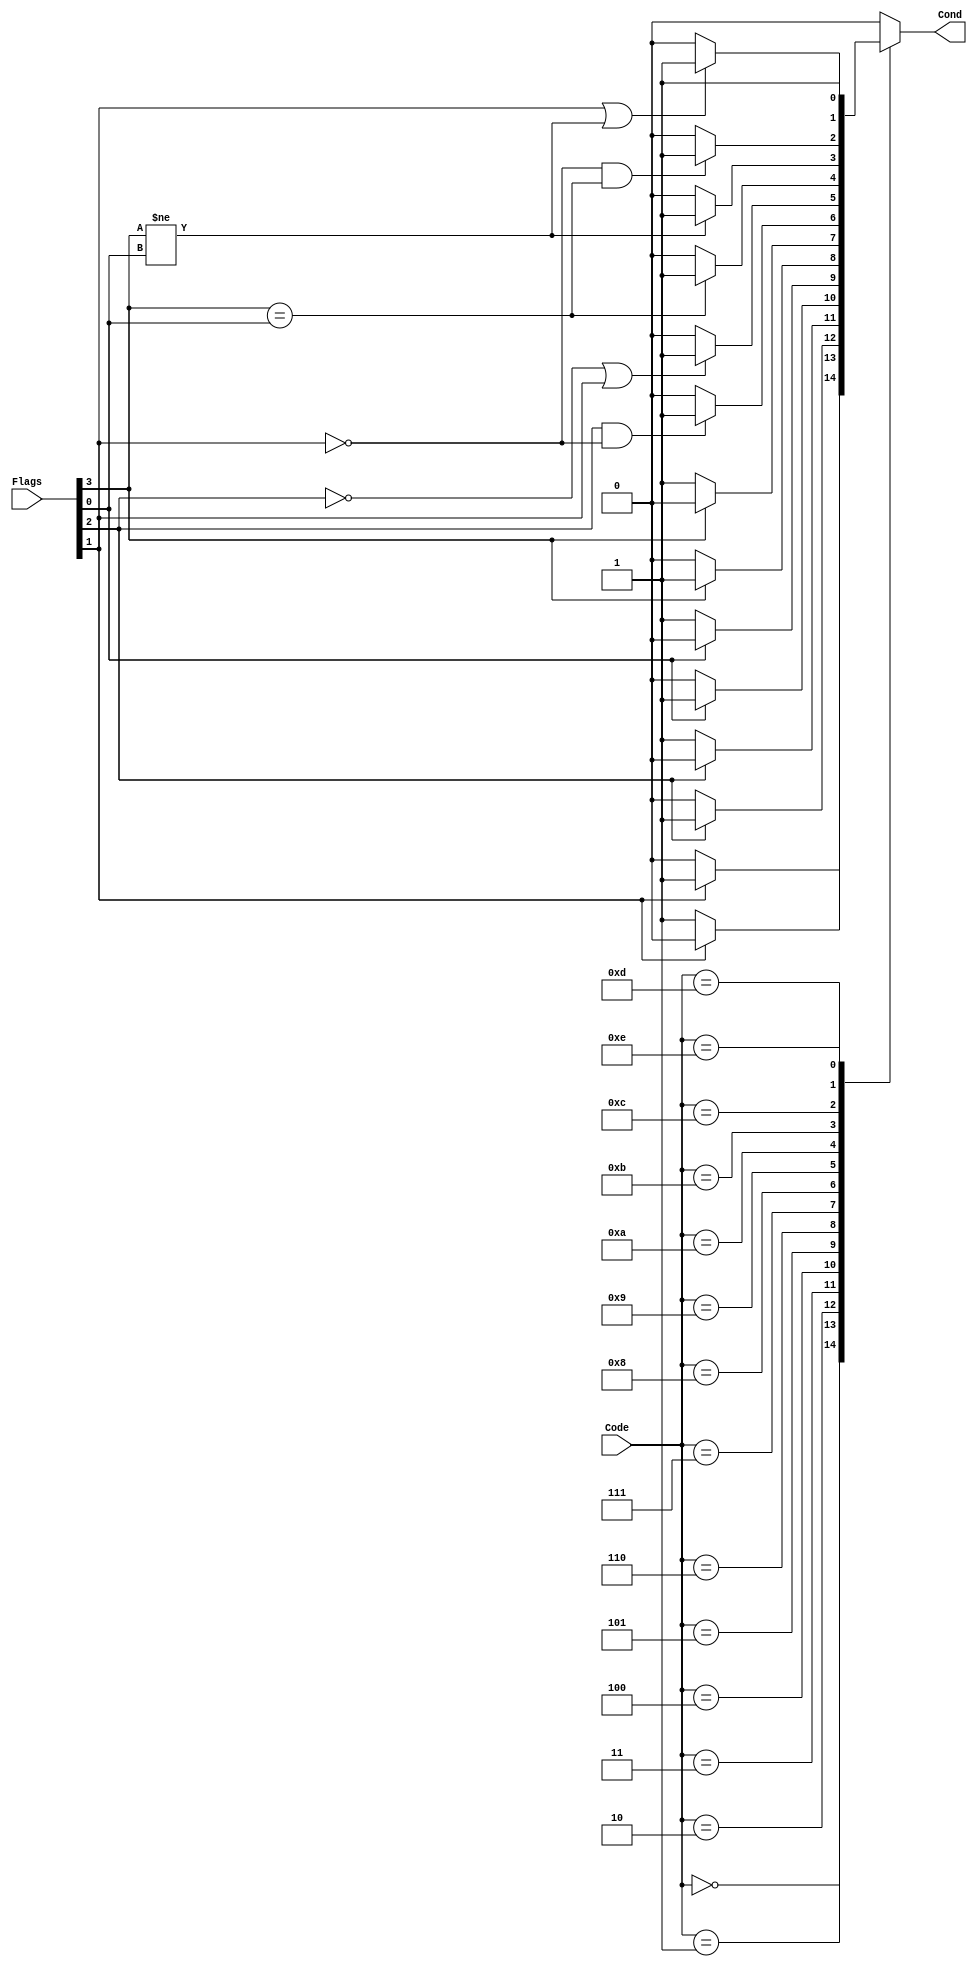
module ConditionTester (
    output reg Cond,    // True or False
    input [3:0] Code,   // Condition codes
    input [3:0] Flags   // Updated flags
    //Flags[3] = V | Flags[2] = C | Flags[1] = Z | Flags[0] = N
    );
        parameter EQ = 4'b0000;
        parameter NE = 4'b0001;
        parameter CS = 4'b0010; // HS
        parameter CC = 4'b0011; // LO
        parameter MI = 4'b0100;
        parameter PL = 4'b0101;
        parameter VS = 4'b0110;
        parameter VC = 4'b0111;
        parameter HI = 4'b1000;
        parameter LS = 4'b1001;
        parameter GE = 4'b1010;
        parameter LT = 4'b1011;
        parameter GT = 4'b1100;
        parameter LE = 4'b1101;
        parameter AL = 4'b1110;

    always@(Code, Flags) begin
        Cond = 0;
        case(Code)
            EQ: begin
                if(Flags[1]) Cond = 1;                          // Z = 1
            end
            NE: begin
                if(!Flags[1]) Cond = 1;                         // Z = 0
            end
            CS: begin
                if(Flags[2]) Cond = 1;                          // C = 1
            end
            CC: begin
                if(!Flags[2]) Cond = 1;                         // C = 0
            end
            MI: begin
                if(Flags[0]) Cond = 1;                          // N = 1
            end
            PL: begin
                if(!Flags[0]) Cond = 1;                         // N = 0
            end
            VS: begin
                if(Flags[3]) Cond = 1;                          // V = 1
            end
            VC: begin
                if(!Flags[3]) Cond = 1;                         // V = 0
            end
            HI: begin
                if((Flags[2])&&(!Flags[1])) Cond = 1;           // C = 1 & Z = 0
            end
            LS: begin
                if((!Flags[2])||(Flags[1])) Cond = 1;           // C = 0 | Z = 1
            end
            GE: begin
                if(Flags[3]==Flags[0]) Cond = 1;                // N = Z
            end
            LT: begin
                if(Flags[3]!=Flags[0]) Cond = 1;                // N! = Z
            end
            GT: begin
                if((!Flags[1])&&(Flags[3]==Flags[0])) Cond = 1; // Z = 0 & N = V
            end
            LE: begin // Z==1 OR N!= V
                if((Flags[1])||(Flags[3]!=Flags[0])) Cond = 1;  // Z = 1 | N = !V
            end
            AL:	begin // ALWAYS
                Cond = 1;
            end
        endcase
    end
endmodule